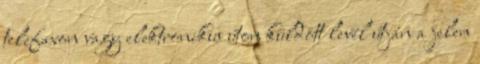
telefaxon vagy elektronikus úton küldött levél útján a jelen